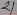
Text: 21